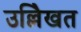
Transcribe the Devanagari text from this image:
उल्लेिखत